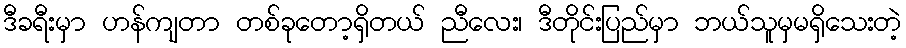
ဒီခရီးမှာ ဟန်ကျတာ တစ်ခုတော့ရှိတယ် ညီလေး၊ ဒီတိုင်းပြည်မှာ ဘယ်သူမှမရှိသေးတဲ့